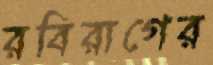
রবিরাগের